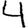
Digit: 4